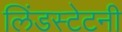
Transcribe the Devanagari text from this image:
लिंडस्टेटनी